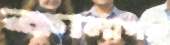
কানাগরু